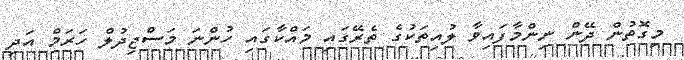
މިގޮތުން ދޭން ނިންމާފައިވާ ލުއިތަކުގެ ތެރޭގައި މައްކާގައި ހުންނަ މަސްޖިދުލް ހަރަމް އަދި